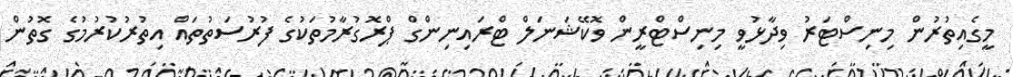
މީގެއިތުރުން މިނިސްޓަރުު ވިދާޅުވީ މިނިސްޓްރީން ވޮކޭޝަނަލް ޓްރައިނިންގް ޕްރޮގުރާމުތަކުގެ ފުރުސަތުތައް އިތުރުކުރުމުގެ ގޮތުން